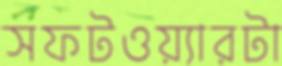
সফটওয়্যারটা